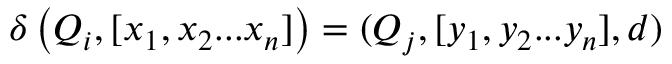
\delta \left( Q _ { i } , [ x _ { 1 } , x _ { 2 } . . . x _ { n } ] \right) = ( Q _ { j } , [ y _ { 1 } , y _ { 2 } . . . y _ { n } ] , d )